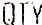
QTY